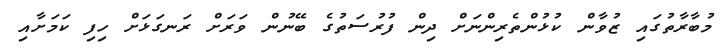
މުބާރާތުގައި ޒުވާން ކުޅުންތެރިންނަށް ދިން ފުރުސަތުގެ ބޭނުން ވަރަށް ރަނގަޅަށް ހިފި ކަމަށާއި